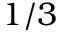
1 / 3